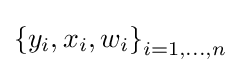
\left\{y_{i},x_{i},w_{i}\right\}_{i=1,\dots ,n}